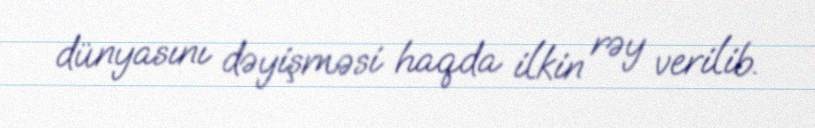
dünyasını dəyişməsi haqda ilkin rəy verilib.